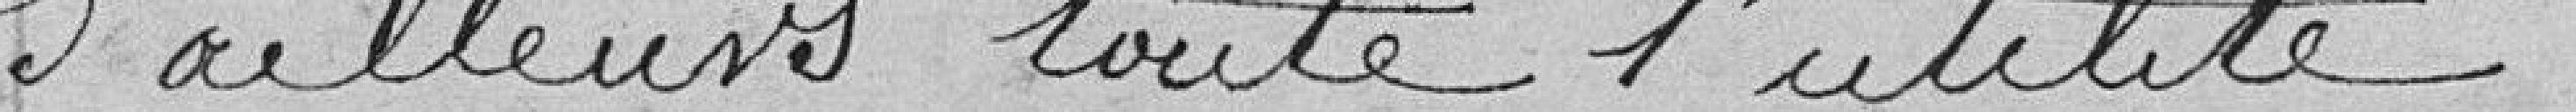
d'ailleurs toute l'utilité.